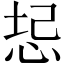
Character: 𫭻